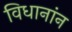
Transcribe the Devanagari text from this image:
विधानांन